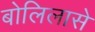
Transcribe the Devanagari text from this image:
बोलिलासे